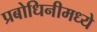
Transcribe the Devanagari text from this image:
प्रबोधिनीमध्ये